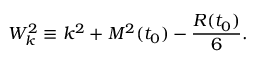
W _ { k } ^ { 2 } \equiv k ^ { 2 } + { \cal M } ^ { 2 } ( t _ { 0 } ) - \frac { { \cal R } ( t _ { 0 } ) } { 6 } .